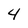
Character: 4